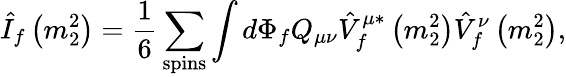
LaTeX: \hat{I}_{f}\left(m_{2}^{2}\right)=\frac{1}{6}\sum_{\mathrm{spins}}\int d\Phi_{f}Q_{\mu\nu}\hat{V}_{f}^{\mu*}\left(m_{2}^{2}\right)\hat{V}_{f}^{\nu}\left(m_{2}^{2}\right),